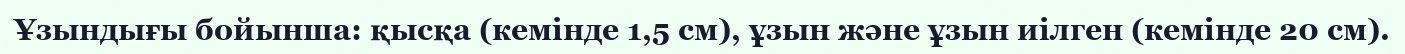
Ұзындығы бойынша: қысқа (кемінде 1,5 см), ұзын және ұзын иілген (кемінде 20 см).